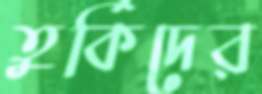
তুর্কিদের